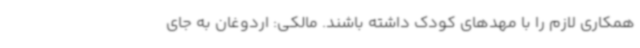
همکاری لازم را با مهدهای کودک داشته باشند. مالکی: اردوغان به جای